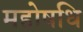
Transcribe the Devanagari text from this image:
महोषधि